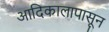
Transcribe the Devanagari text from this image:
आदिकालापासून